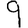
Digit: 9